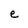
Character: e